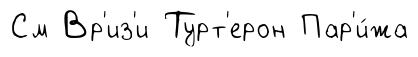
См Вр'из'и Турт'ерон Пар'и́жа